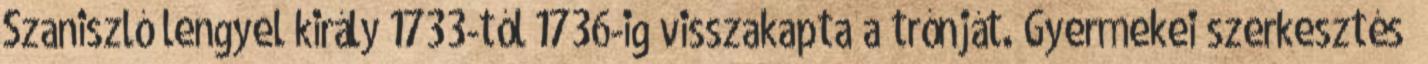
Szaniszló lengyel király 1733-tól 1736-ig visszakapta a trónját. Gyermekei szerkesztés